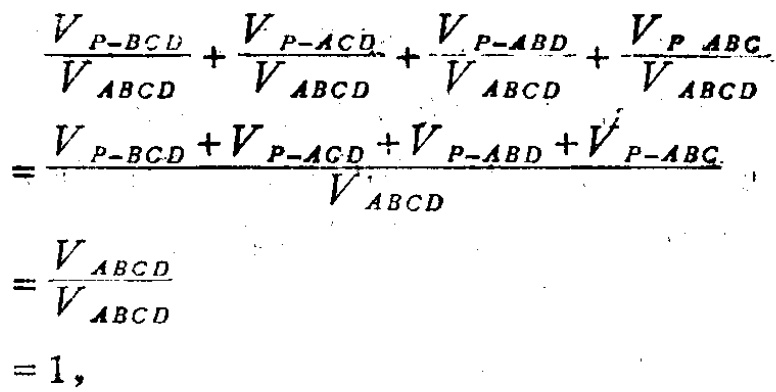
\[\begin{align*}

&\frac{V_{P - BCD}}{V_{ABCD}}+\frac{V_{P - ACD}}{V_{ABCD}}+\frac{V_{P - ABD}}{V_{ABCD}}+\frac{V_{P - ABC}}{V_{ABCD}}\\

=&\frac{V_{P - BCD}+V_{P - ACD}+V_{P - ABD}+V_{P - ABC}}{V_{ABCD}}\\

=&\frac{V_{ABCD}}{V_{ABCD}}\\

=&1,

\end{align*}\]